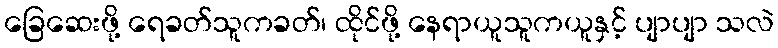
ခြေဆေးဖို့ ရေခတ်သူကခတ်၊ ထိုင်ဖို့ နေရာယူသူကယူနှင့် ပျာပျာ သလဲ